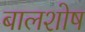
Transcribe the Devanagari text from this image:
बालशोष